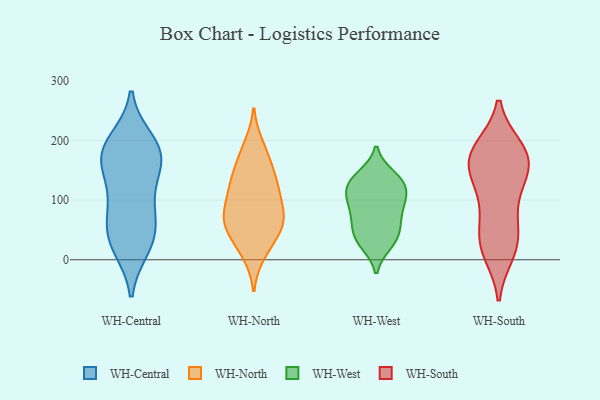
{"axis": {"x": "Market Share (%)", "y": "Value"}, "legend": ["WH-Central", "WH-North", "WH-South", "WH-West"], "data": [{"x": "", "y": 28, "type": "WH-Central"}, {"x": "", "y": 69, "type": "WH-Central"}, {"x": "", "y": 168, "type": "WH-Central"}, {"x": "", "y": 151, "type": "WH-Central"}, {"x": "", "y": 185, "type": "WH-Central"}, {"x": "", "y": 199, "type": "WH-Central"}, {"x": "", "y": 155, "type": "WH-Central"}, {"x": "", "y": 54, "type": "WH-Central"}, {"x": "", "y": 179, "type": "WH-Central"}, {"x": "", "y": 21, "type": "WH-Central"}, {"x": "", "y": 107, "type": "WH-Central"}, {"x": "", "y": 89, "type": "WH-Central"}, {"x": "", "y": 32, "type": "WH-Central"}, {"x": "", "y": 187, "type": "WH-Central"}, {"x": "", "y": 10, "type": "WH-North"}, {"x": "", "y": 82, "type": "WH-North"}, {"x": "", "y": 191, "type": "WH-North"}, {"x": "", "y": 114, "type": "WH-North"}, {"x": "", "y": 131, "type": "WH-North"}, {"x": "", "y": 60, "type": "WH-North"}, {"x": "", "y": 61, "type": "WH-North"}, {"x": "", "y": 73, "type": "WH-North"}, {"x": "", "y": 61, "type": "WH-North"}, {"x": "", "y": 144, "type": "WH-North"}, {"x": "", "y": 108, "type": "WH-North"}, {"x": "", "y": 107, "type": "WH-North"}, {"x": "", "y": 42, "type": "WH-North"}, {"x": "", "y": 183, "type": "WH-North"}, {"x": "", "y": 15, "type": "WH-North"}, {"x": "", "y": 136, "type": "WH-North"}, {"x": "", "y": 73, "type": "WH-North"}, {"x": "", "y": 162, "type": "WH-North"}, {"x": "", "y": 48, "type": "WH-North"}, {"x": "", "y": 29, "type": "WH-West"}, {"x": "", "y": 114, "type": "WH-West"}, {"x": "", "y": 54, "type": "WH-West"}, {"x": "", "y": 89, "type": "WH-West"}, {"x": "", "y": 129, "type": "WH-West"}, {"x": "", "y": 113, "type": "WH-West"}, {"x": "", "y": 36, "type": "WH-West"}, {"x": "", "y": 55, "type": "WH-West"}, {"x": "", "y": 92, "type": "WH-West"}, {"x": "", "y": 27, "type": "WH-West"}, {"x": "", "y": 132, "type": "WH-West"}, {"x": "", "y": 95, "type": "WH-West"}, {"x": "", "y": 133, "type": "WH-West"}, {"x": "", "y": 140, "type": "WH-West"}, {"x": "", "y": 69, "type": "WH-West"}, {"x": "", "y": 12, "type": "WH-South"}, {"x": "", "y": 181, "type": "WH-South"}, {"x": "", "y": 153, "type": "WH-South"}, {"x": "", "y": 140, "type": "WH-South"}, {"x": "", "y": 99, "type": "WH-South"}, {"x": "", "y": 186, "type": "WH-South"}, {"x": "", "y": 174, "type": "WH-South"}, {"x": "", "y": 179, "type": "WH-South"}, {"x": "", "y": 28, "type": "WH-South"}, {"x": "", "y": 52, "type": "WH-South"}, {"x": "", "y": 15, "type": "WH-South"}, {"x": "", "y": 138, "type": "WH-South"}, {"x": "", "y": 35, "type": "WH-South"}, {"x": "", "y": 182, "type": "WH-South"}, {"x": "", "y": 83, "type": "WH-South"}, {"x": "", "y": 149, "type": "WH-South"}]}